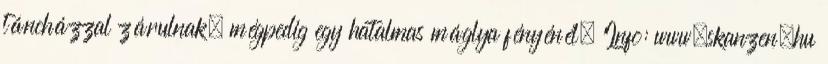
táncházzal zárulnak, mégpedig egy hatalmas máglya fényénél. Info: www.skanzen.hu